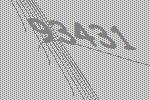
93431